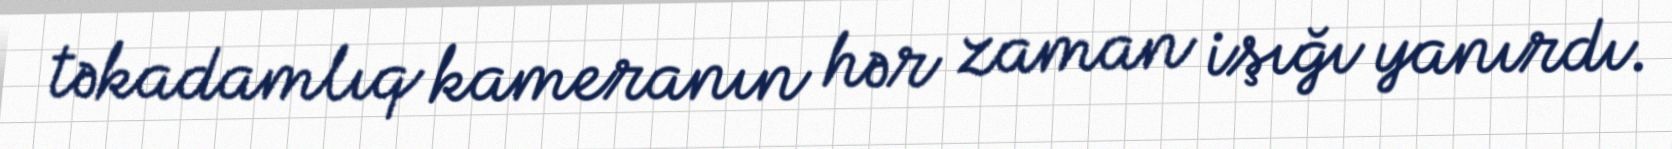
təkadamlıq kameranın hər zaman işığı yanırdı.